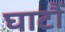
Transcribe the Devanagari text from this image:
घाटौं